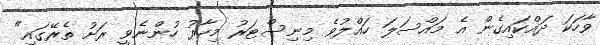
ވާހަކަ ދައްކައިގެން އެ މައްސަލަ ހައްލުވެ މިނިސްޓަރު މިހާރު ހުންނެވީ ރަށު ތެރޭގައި"